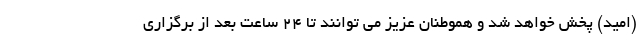
(امید) پخش خواهد شد و هموطنان عزیز می توانند تا 24 ساعت بعد از برگزاری